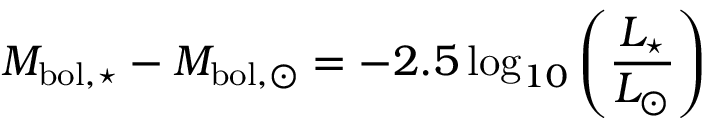
M _ { \mathrm { b o l , \star } } - M _ { \mathrm { b o l , \odot } } = - 2 . 5 \log _ { 1 0 } \left( { \frac { L _ { \star } } { L _ { \odot } } } \right)